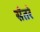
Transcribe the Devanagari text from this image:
सँतरे